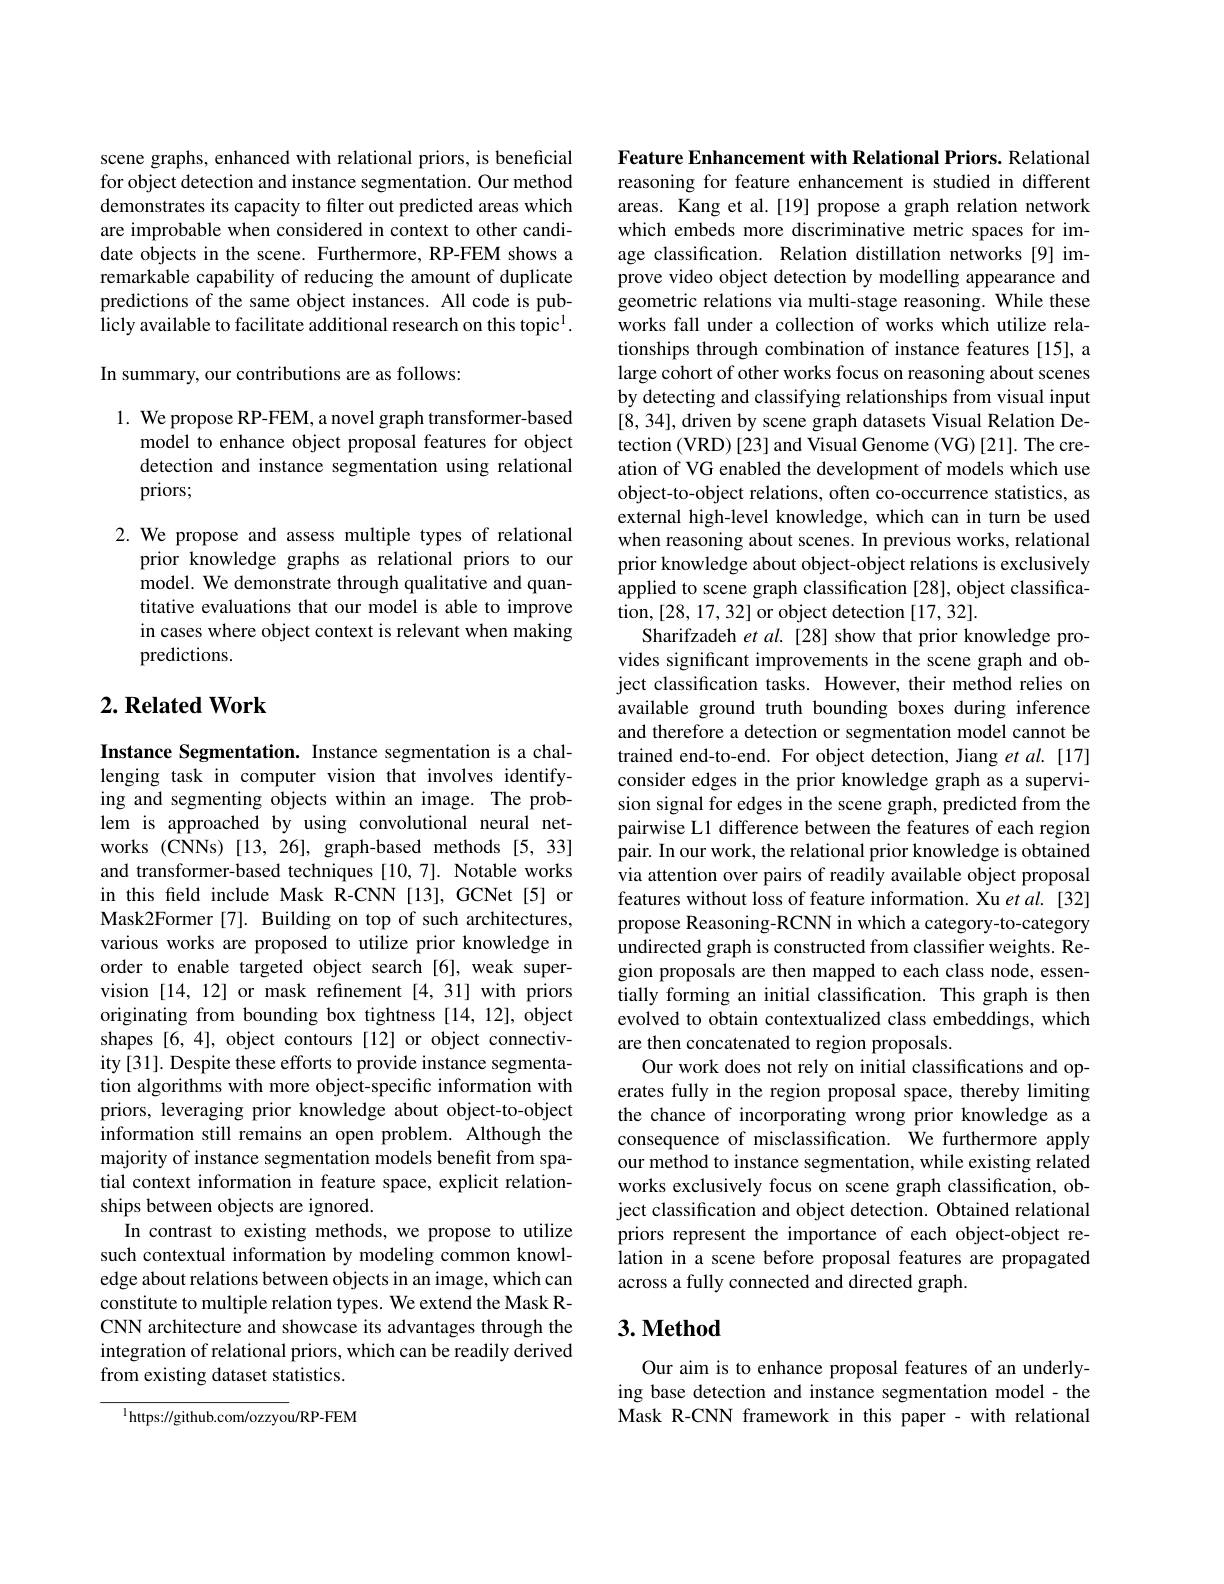
scene graphs, enhanced with relational priors, is beneficial for object detection and instance segmentation. Our method demonstrates its capacity to filter out predicted areas which are improbable when considered in context to other candidate objects in the scene. Furthermore, RP-FEM shows a remarkable capability of reducing the amount of duplicate predictions of the same object instances. All code is publicly available to facilitate additional research on this topic$^{1}.$

In summary, our contributions are as follows:

1. We propose RP-FEM, a novel graph transformer-based
model to enhance object proposal features for object detection and instance segmentation using relational priors;

2. We propose and assess multiple types of relational
prior knowledge graphs as relational priors to our model. We demonstrate through qualitative and quantitative evaluations that our model is able to improve in cases where object context is relevant when making predictions.

## $2. \textbf{ Related Work}$

Instance Segmentation. Instance segmentation is a challenging task in computer vision that involves identifying and segmenting objects within an image. The problem is approached by using convolutional neural networks (CNNs) [13,26], graph-based methods [5,33] and transformer-based techniques [10,7]. Notable works in this feld include Mask R-CNN [13], GCNet[5] or Mask2Former [7]. Building on top of such architectures, various works are proposed to utilize prior knowledge in order to enable targeted object search [6], weak supervision [14,12] or mask refinement [4,31] with priors originating from bounding box tightness [14, 12], object shapes [6,4], object contours [12] or object connectivity [31]. Despite these efforts to provide instance segmentation algorithms with more object-specific information with priors, leveraging prior knowledge about object-to-object information still remains an open problem. Although the majority of instance segmentation models benefit from spatial context information in feature space, explicit relationships between objects are ignored.
In contrast to existing methods, we propose to utilize such contextual information by modeling common knowledge about relations between objects in an image, which can constitute to multiple relation types. We extend the Mask RCNN architecture and showcase its advantages through the integration of relational priors, which can be readily derived from existing dataset statistics.

$^{1}$https://github.com/ozzyou/RP-FEM

Feature Enhancement with Relational Priors. Relational reasoning for feature enhancement is studied in different areas. Kang et al.[19] propose a graph relation network which embeds more discriminative metric spaces for image classification. Relation distillation networks [9] improve video object detection by modelling appearance and geometric relations via multi-stage reasoning. While these works fall under a collection of works which utilize relationships through combination of instance features [15], a large cohort of other works focus on reasoning about scenes by detecting and classifying relationships from visual input [8,34], driven by scene graph datasets Visual Relation Detection (VRD)[23] and Visual Genome (VG)[21]. The creation of VG enabled the development of models which use object-to-object relations, often co-occurrence statistics, as external high-level knowledge, which can in turn be used when reasoning about scenes. In previous works, relational prior knowledge about object-object relations is exclusively applied to scene graph classification [28], object classification, [28,17,32] or object detection [17,32].
Sharifzadeh $etal.[28]$ show that prior knowledge provides significant improvements in the scene graph and object classification tasks. However, their method relies on available ground truth bounding boxes during inference and therefore a detection or segmentation model cannot be trained end-to-end. For object detection, Jiang et al. [17] consider edges in the prior knowledge graph as a supervision signal for edges in the scene graph, predicted from the pairwise L1 difference between the features of each region pair. In our work, the relational prior knowledge is obtained via attention over pairs of readily available object proposal features without loss of feature information. Xu et al. [32] propose Reasoning-RCNN in which a category-to-category undirected graph is constructed from classifier weights. Region proposals are then mapped to each class node, essentially forming an initial classification. This graph is then evolved to obtain contextualized class embeddings, which are then concatenated to region proposals.
Our work does not rely on initial classifications and operates fully in the region proposal space, thereby limiting the chance of incorporating wrong prior knowledge as a consequence of misclassification. We furthermore apply our method to instance segmentation, while existing related works exclusively focus on scene graph classification, object classification and object detection. Obtained relational priors represent the importance of each object-object relation in a scene before proposal features are propagated across a fully connected and directed graph.

## $3. \textbf{Method}$

Our aim is to enhance proposal features of an underlying base detection and instance segmentation model- the Mask R-CNN framework in this paper - with relational